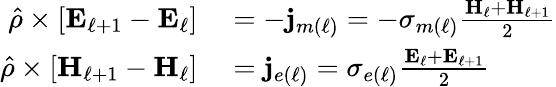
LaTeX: \begin{array}{rl}{\hat{\rho}\times\left[\mathbf{E}_{\ell+1}-\mathbf{E}_{\ell}\right]}&{{}=-\mathbf{j}_{m(\ell)}=-\sigma_{m(\ell)}\frac{\mathbf{H}_{\ell}+\mathbf{H}_{\ell+1}}{2}}\\ {\hat{\rho}\times\left[\mathbf{H}_{\ell+1}-\mathbf{H}_{\ell}\right]}&{{}=\mathbf{j}_{e(\ell)}=\sigma_{e(\ell)}\frac{\mathbf{E}_{\ell}+\mathbf{E}_{\ell+1}}{2}}\end{array}